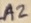
Text: A2